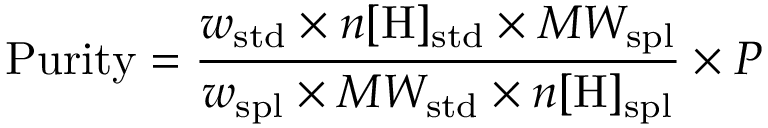
\mathrm { P u r i t y } = { \frac { w _ { \mathrm { s t d } } \times n [ \mathrm { H } ] _ { \mathrm { s t d } } \times M W _ { \mathrm { s p l } } } { w _ { \mathrm { s p l } } \times M W _ { \mathrm { s t d } } \times n [ \mathrm { H } ] _ { \mathrm { s p l } } } } \times P